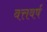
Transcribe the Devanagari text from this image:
वत्तवर्ष